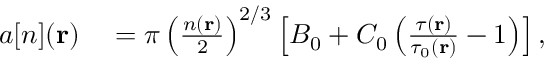
\begin{array} { r l } { a [ n ] ( \mathbf { r } ) } & { { } = \pi \left( \frac { n ( \mathbf { r } ) } { 2 } \right) ^ { 2 / 3 } \left[ B _ { 0 } + C _ { 0 } \left( \frac { \tau ( \mathbf { r } ) } { \tau _ { 0 } ( \mathbf { r } ) } - 1 \right) \right] , } \end{array}